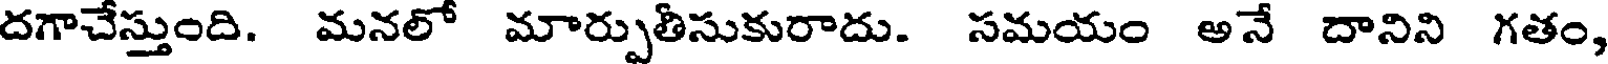
దగాచేస్తుంది. మనలో మార్పుతిసుకురాదు. సమయం అనే దానిని గతం,